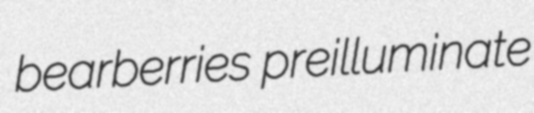
bearberries preilluminate